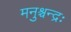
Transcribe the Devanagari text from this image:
मनुश्चन्द्रः